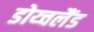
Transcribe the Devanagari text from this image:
डोय्चलैंड